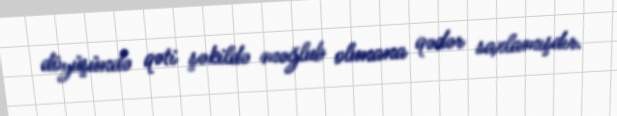
döyüşündə qəti şəkildə məğlub olunana qədər saxlamışdır.